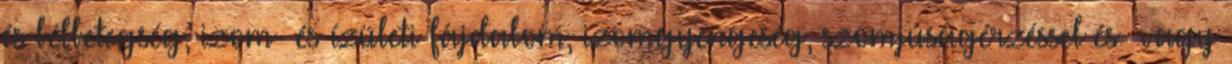
és bélbetegség, izom- és ízületi fájdalom, izomgyengeség, szomjúságérzéssel és vagy